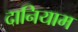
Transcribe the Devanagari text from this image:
दानियाम